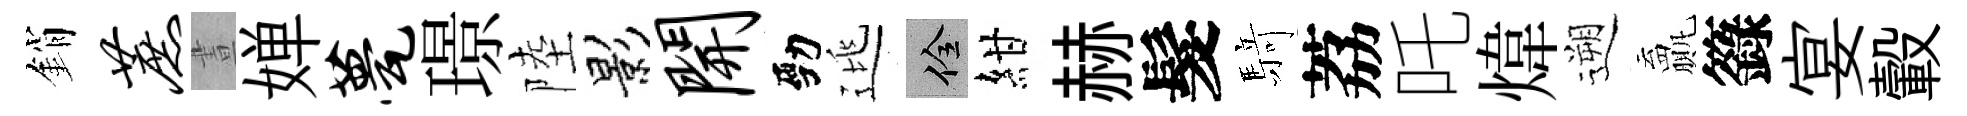
銷蔗晝婵甍璟陸影开勁逃佺紺赫髮𮪍荔吒煒遡贏籙宴轂